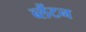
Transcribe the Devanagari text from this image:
ब्लैंटन